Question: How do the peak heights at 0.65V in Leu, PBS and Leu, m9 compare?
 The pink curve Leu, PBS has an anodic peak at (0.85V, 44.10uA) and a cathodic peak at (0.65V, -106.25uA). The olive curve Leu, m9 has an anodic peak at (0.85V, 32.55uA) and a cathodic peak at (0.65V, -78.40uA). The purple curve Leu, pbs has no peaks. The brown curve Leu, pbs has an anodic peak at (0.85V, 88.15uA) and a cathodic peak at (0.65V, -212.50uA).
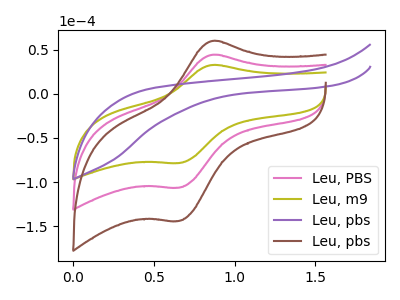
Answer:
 <answer>The peak at 0.65V is higher in "Leu, PBS" than in "Leu, m9".</answer>
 <eval>higher</eval>